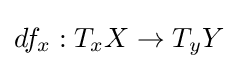
df_{x}:T_{x}X\to T_{y}Y